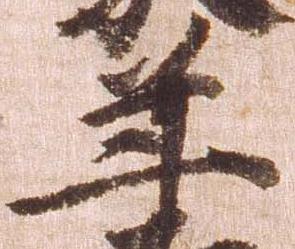
年